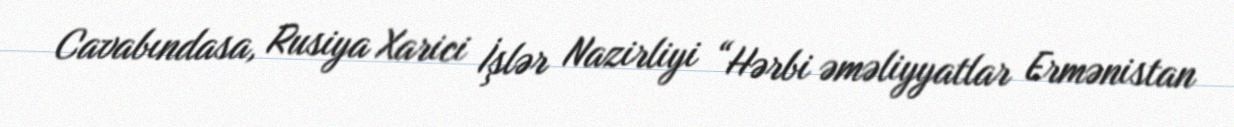
Cavabındasa, Rusiya Xarici İşlər Nazirliyi “Hərbi əməliyyatlar Ermənistan